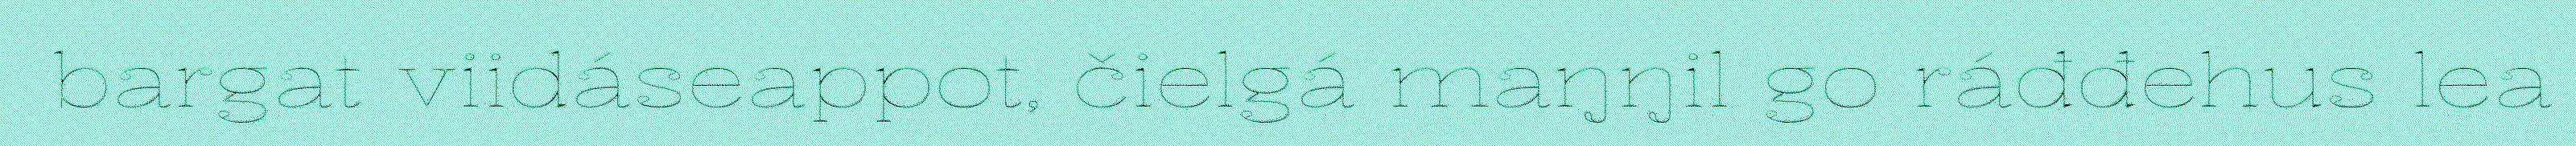
bargat viidáseappot, čielgá maŋŋil go ráđđehus lea